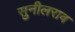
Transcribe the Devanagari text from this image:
सुनीलराव